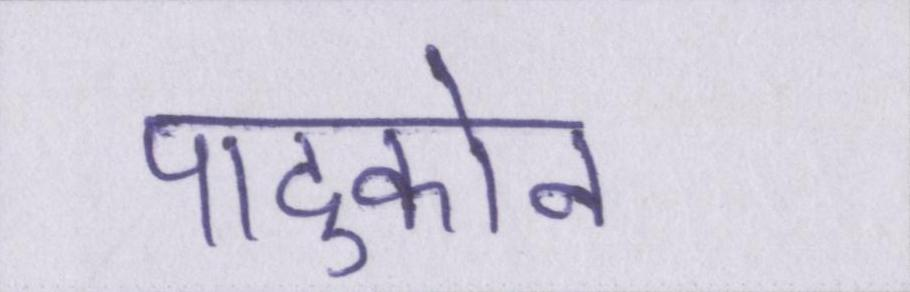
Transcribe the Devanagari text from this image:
पादुकोन